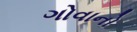
ગોવાનો